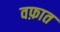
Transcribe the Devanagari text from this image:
वफ़ात